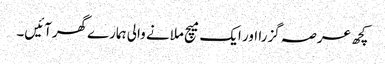
کچھ عرصہ گزرا اور ایک میچ ملانے والی ہمارےگھرآئیں۔